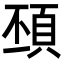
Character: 䪹